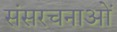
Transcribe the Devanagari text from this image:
संसरचनाओं